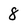
Character: 8